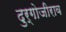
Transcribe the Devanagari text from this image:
दुर्गोजीराव